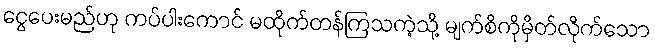
ငွေပေးမည်ဟု ကပ်ပါးကောင် မထိုက်တန်ကြသကဲ့သို့ မျက်စိကိုမှိတ်လိုက်သော